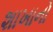
શાખાનો